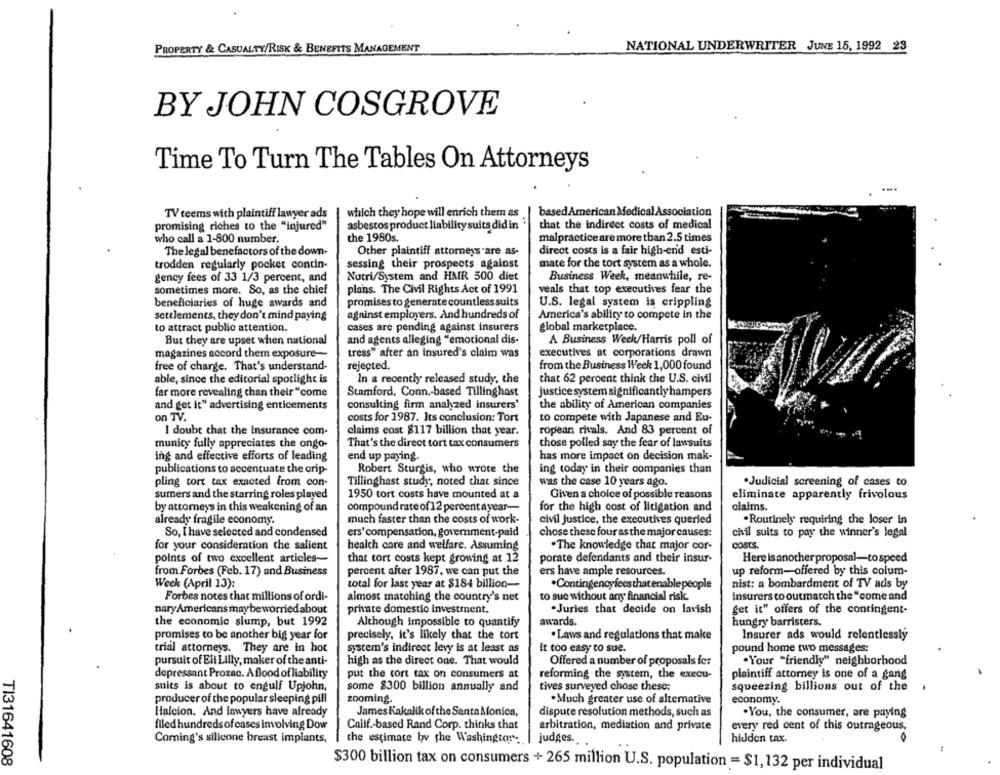
NATIONAL UNDERWRITER JUNE 15, 1992 23
PROPERTY & CASUALTY/RISK & BENEFITS MANAGEMENT
BY JOHN COSGROVE
Time To Turn The Tables On Attorneys
TV teems with plaintiff lawyer ads
which they hope will enrich them as
based American Medical Association
promising riches to the "injured"
asbestos product liability suits did in
that the indirect costs of medical
who call a 1-800 number.
the 1980s.
malpractice are more than 2.5 times
The legal benefactors of the down-
Other plaintiff attorneys are as-
direct costs is a fair high-end esti-
sessing their prospects against
mate for the tort system as a whole.
trodden regularly pocket condin-
gency fees of 33 1/3 percent, and
Nutri/System and HAR 500 diet
Business Week, meanwhile, re-
sometimes more. So, as the chief
plans. The Civil Rights Act of 1991
veals that top executives fear the
beneficiaries of huge awards and
promises to generate countless suits
U.S. legal system is crippling
settlements, they don't mind paying
against employers. And hundreds of
America's ability to compete in the
to attract public attention.
cases are pending against insurers
global marketplace.
But they are upset when national
and agents alleging "emotional dis-
A Business Week/Harris poll of
magazines accord them exposure --
tress" after an insured's claim was
executives at corporations drawn
free of charge. That's understand-
rejected.
from the Business Week 1,000 found
able, since the editorial spotlight is
In a recently released study, the
chat 62 percent think che U.S. civil
far more revealing chan their "come
Stamford, Conn .- based Tillinghast
justice system significantly hampers
and get it" advertising enticements
consulting firm analyzed insurers'
the ability of American companies
on TV.
costs for 1987. Its conclusion: Tort
to compete with Japanese and Eu-
I doubt chat the insurance com-
claims cost $117 billion that year.
ropean rivals. And 83 percent of
That's the direct tort tax consumers
chose polled say the fear of lawsuits
munity fully appreciates the ongo-
ing and effective efforts of leading
end up paying.
has more impact on decision mak-
publications to accentuate the crip-
Robert Sturgis, who wrote the
ing today in their companies than
pling tort tax exacted from con-
Tillinghast study, noted that since
was the case 10 years ago.
·Judicial screening of cases to
sumers and the starring roles played
1950 tort costs have mounted at a
Given a choice of possible reasons
eliminate apparently frivolous
by attorneys in this weakening of an
compound rate of 12 percent ayear-
for the high cost of litigation and
claims.
much faster than the costs of work-
civil justice, the executives queried
.Routinely requiring the loser in
already fragile economy.
So, I have selected and condensed
ers'compensation, government-paid
chose these four as the major causes:
civil suits to pay the winner's legal
for your consideration the salient
health care and welfare. Assuming
.The knowledge that major cor-
COSTS.
points of two excellent articles-
that tort costs kept growing at 12
porate defendants and their insur-
Here is another proposal-to speed
from Forbes (Feb. 17) and Business
percent after 1987, we can put the
ers have ample resources.
up reform-offered by this colum-
Week (April 13):
total for last year at $184 billion-
.Contingencyfees that enable people
nist: a bombardment of TV ads by
Forbes notes that millions of ordi-
almost matching the country's net
to sue without any financial risk.
Insurers to outmatch the "come and
naryAmericans maybe worriedabout
private domestio investment.
.Juries that decide on lavish
get it" offers of the contingent-
the economic slump, but 1992
Although impossible to quantify
awards.
hungry barristers.
promises to be another big year for
precisely, it's likely that the tort
. Laws and regulations that make
Insurer ads would relentlessly
trial attorneys. They are in hot
system's indirect levy is at least as
It too easy to sue.
pound home two messages:
pursuit of Eli Lilly, maker of the anti-
high as the direct one. That would
Offered a number of proposals fer
.Your "friendly" neighborhood
depressant Prozac. A flood of liability
put the cort tax on consumers at
reforming the system, the execu.
plaintiff attorney is one of a gang
suits is about to engulf Upjohn,
some $300 billion annually and
tives surveyed chose these:
squeezing billions out of the
zooming.
producer of the popular sleeping pill
. Much greater use of alternative
economy.
Halcion. And Inwyers have already
James Kakalik ofthe Santa Monica,
dispute resolution methods, such as
.You, the consumer, are paying
filed hundreds ofcases involving Dow
Calif .- based Rand Corp. thinks that
arbitration, mediation and private
every red cent of this outrageous,
Coming's silicone breast implants,
the estimate bv the Washington:
judges.
hidden tax.
TI31641608
$300 billion tax on consumers + 265 million U.S. population = $1,132 per individual